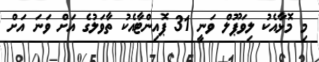
މި މޮޅާއެކު ލިވަޕޫލް ވަނީ 31 ޕޮއިންޓާއެކު ތާވަލުގެ އަށް ވަނަ އަށް